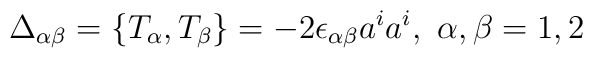
\Delta_{\alpha \beta} = \{T_\alpha,T_\beta\} = -2 \epsilon_{\alpha \beta}a^ia^i, \,\, \alpha,\beta = 1,2